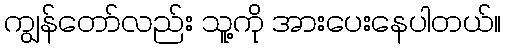
ကျွန်တော်လည်း သူ့ကို အားပေးနေပါတယ်။